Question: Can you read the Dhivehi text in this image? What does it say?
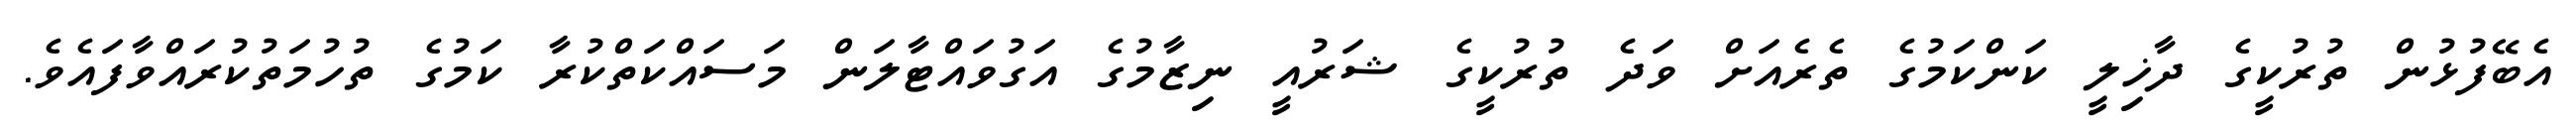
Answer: އެބޭފުޅުން ތުރުކީގެ ދާޚިލީ ކަންކަމުގެ ތެރެއަށް ވަދެ ތުރުކީގެ ޝަރުއީ ނިޒާމުގެ އަގުވައްޓާލަން މަސައްކަތްކުރާ ކަމުގެ ތުހުމަތުކުރައްވާފައެވެ.